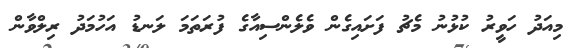
މިއަދު ހަވީރު ކުޅުނު މެޗު ފަށައިގެން ވެލެންސިއާގެ ފުރަތަމަ ލަނޑު އަހުމަދު ރިލްވާން